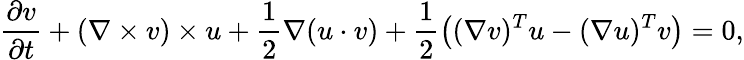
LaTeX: \frac{\partial v}{\partial t}+(\nabla\times v)\times u+\frac{1}{2}\nabla(u\cdot v)+\frac{1}{2}\left((\nabla v)^{T}u-(\nabla u)^{T}v\right)=0,